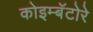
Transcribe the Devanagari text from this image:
कोइम्बॅटोरे